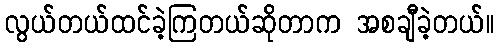
လွယ်တယ်ထင်ခဲ့ကြတယ်ဆိုတာက အစချီခဲ့တယ်။